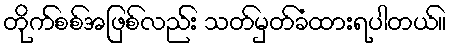
တိုက်စစ်အဖြစ်လည်း သတ်မှတ်ခံထားရပါတယ်။